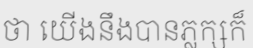
ថា យើងនឹងបានភ្លក្សក៏